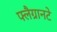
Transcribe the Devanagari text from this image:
फ्लैग्रानटे